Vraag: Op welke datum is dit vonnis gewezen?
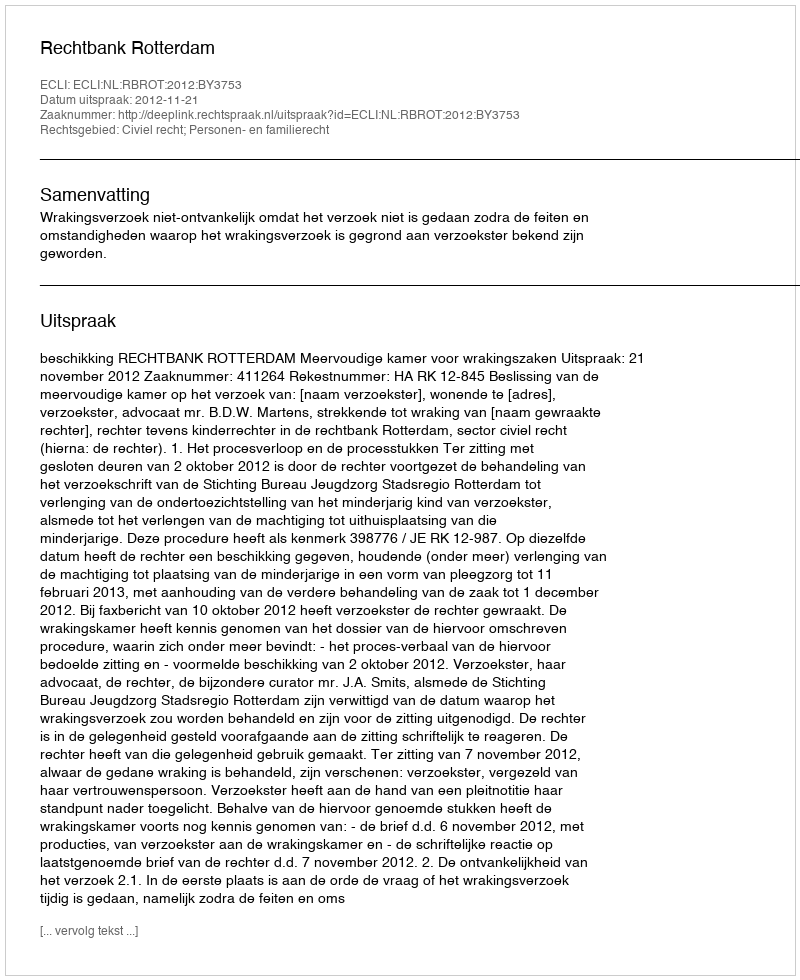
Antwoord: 2012-11-21